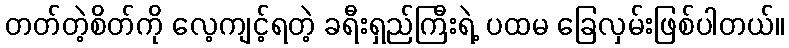
တတ်တဲ့စိတ်ကို လေ့ကျင့်ရတဲ့ ခရီးရှည်ကြီးရဲ့ ပထမ ခြေလှမ်းဖြစ်ပါတယ်။